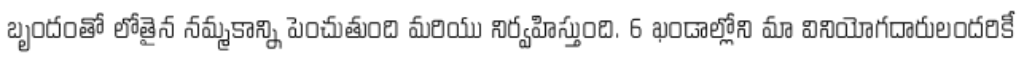
బృందంతో లోతైన నమ్మకాన్ని పెంచుతుంది మరియు నిర్వహిస్తుంది. 6 ఖండాల్లోని మా వినియోగదారులందరికీ